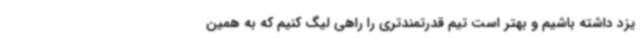
یزد داشته باشیم و بهتر است تیم قدرتمندتری را راهی لیگ کنیم که به همین